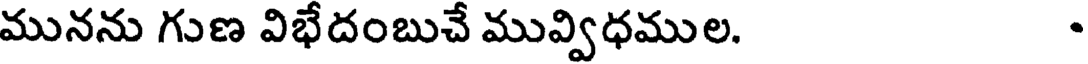
మునను గుణ విభేదంబుచే మువ్విధముల.